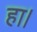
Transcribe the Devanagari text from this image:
हा।